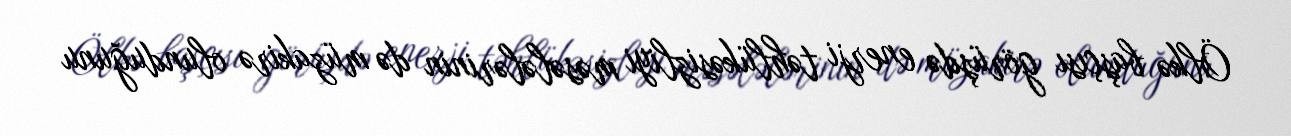
Ölkə başçısı görüşdə enerji təhlükəsizliyi məsələlərinin də müzakirə olunduğunu